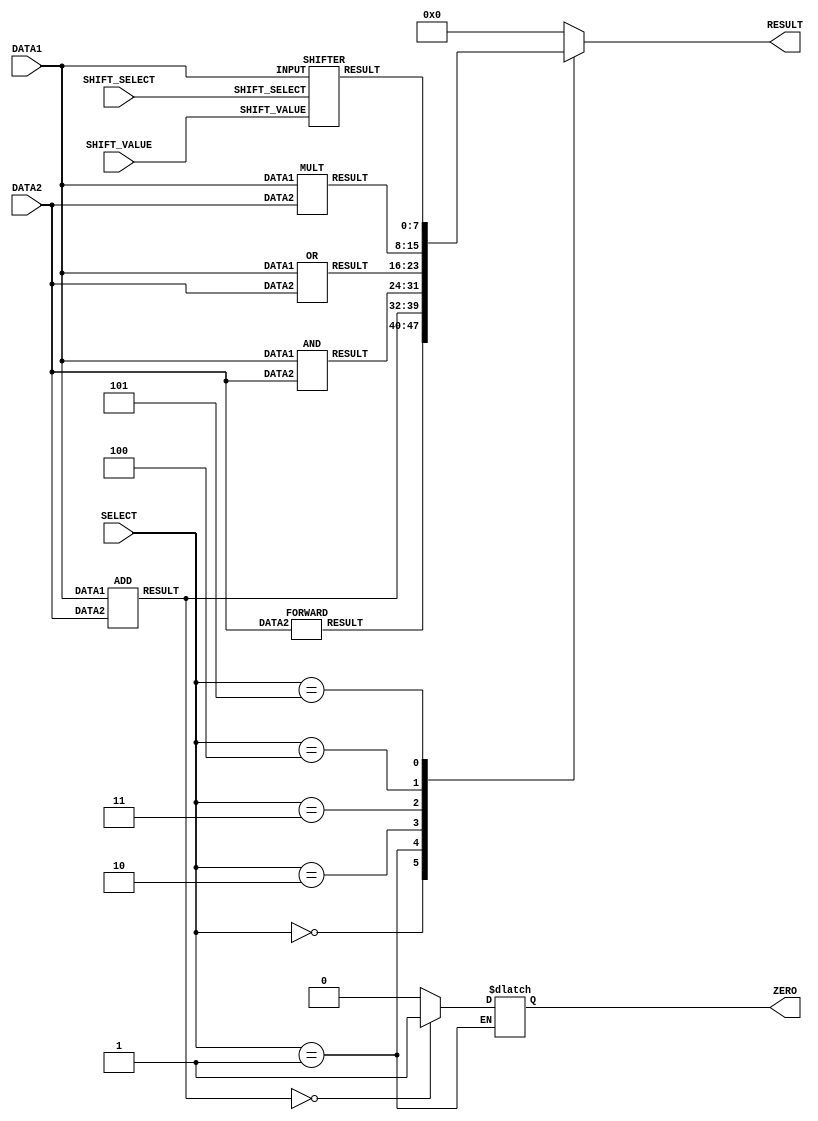
/*
   Lab06-Building Memory Heirarchy - Part 1
    Group-26 (E/18/245,E/18/017)
*/

/***********ALU******************/
`timescale 1ns/1ps
module alu(DATA1,DATA2,RESULT,ZERO,SELECT,SHIFT_SELECT,SHIFT_VALUE);
    input [7:0] DATA1;//OPERAND1
    input [7:0] DATA2;//OPERAND2
    input [7:0] SHIFT_VALUE;//shift amount
    input [2:0] SELECT;//ALUOP 
    output reg [7:0] RESULT;//ALURESULT 
    output reg ZERO;//ZERO output port to indicate whether the result of a subtract operation is zero or not in order to implement the beq instruction
    wire [7:0] FORWARD_WIRE, ADD_WIRE, AND_WIRE, OR_WIRE,MULT_WIRE,SHIFT_WIRE;
    input [1:0] SHIFT_SELECT;

    FORWARD forward1(DATA2,FORWARD_WIRE);
    ADD add1(DATA1,DATA2,ADD_WIRE);
    AND and1(DATA1,DATA2,AND_WIRE);
    OR or1(DATA1,DATA2,OR_WIRE);
    MULT mult1(DATA1,DATA2,MULT_WIRE);
    SHIFTER shifter1(SHIFT_WIRE,DATA1,SHIFT_SELECT,SHIFT_VALUE);

    always@(FORWARD_WIRE, ADD_WIRE, AND_WIRE, OR_WIRE,MULT_WIRE,SELECT,SHIFT_WIRE)
    begin
        case(SELECT)
            3'b000:
                RESULT=FORWARD_WIRE;//FORWARD func
            3'b001:
                begin
                    RESULT=ADD_WIRE;//ADD func
                    ZERO=(RESULT==8'b0)? 1'b1 : 1'b0;//(ZERO=~(RESULT))
                end
            3'b010:
                RESULT=AND_WIRE;//AND func
            3'b011:
                RESULT=OR_WIRE;//OR func
            3'b100:
                RESULT=MULT_WIRE;//MULT func
            3'b101:
                RESULT=SHIFT_WIRE;//SHIFT func
            default:
                RESULT=0;//Reserved
        endcase
    end
    
endmodule


module FORWARD(DATA2,RESULT);

    input [7:0] DATA2;
    output reg [7:0] RESULT;

    always@(DATA2)
    begin
    #1 RESULT=DATA2;
end

endmodule

module ADD(DATA1,DATA2,RESULT);

    input [7:0] DATA1,DATA2;
    output reg [7:0] RESULT;

    always@(DATA1,DATA2)
    begin
    #2 RESULT= DATA1 + DATA2;
end

endmodule

module AND(DATA1,DATA2,RESULT);

    input [7:0] DATA1,DATA2;
    output reg [7:0] RESULT;

    always@(DATA1,DATA2)
    begin
    #1 RESULT= DATA1 & DATA2;
end

endmodule

module OR(DATA1,DATA2,RESULT);

    input [7:0] DATA1,DATA2;
    output reg [7:0] RESULT;

    always@(DATA1,DATA2)
    begin
    #1 RESULT= DATA1 | DATA2;
end

endmodule

module MULT(DATA1,DATA2,RESULT);
    input [7:0] DATA1,DATA2;
    output [7:0] RESULT;
    
    wire [7:0] RES0,RES1,RES2,RES3,RES4,RES5,RES6,RES7;//Result parts to add them up together to get the result

    assign RES0=(DATA2[0]==1'b1)?{DATA1}:8'd0;
    assign RES1=(DATA2[1]==1'b1)?{DATA1,1'b0}:8'd0;
    assign RES2=(DATA2[2]==1'b1)?{DATA1,2'b00}:8'd0;
    assign RES3=(DATA2[3]==1'b1)?{DATA1,3'b000}:8'd0;
    assign RES4=(DATA2[4]==1'b1)?{DATA1,4'b0000}:8'd0;
    assign RES5=(DATA2[5]==1'b1)?{DATA1,5'b00000}:8'd0;
    assign RES6=(DATA2[6]==1'b1)?{DATA1,6'b000000}:8'd0;
    assign RES7=(DATA2[7]==1'b1)?{DATA1,7'b0000000}:8'd0;

    assign #1 RESULT=RES0+RES1+RES2+RES3+RES4+RES5+RES6+RES7;
endmodule

//shifting modules
//shfit=1-> left shift by one bit
//shfit=0 -> right shift by one bit
module ONE_BIT_SHIFTER(RESULT,INPUT,SHIFT_S,SELECT);

input [7:0] INPUT;
input [1:0] SHIFT_S;
input SELECT;
reg SHIFT,out_res;
output [7:0] RESULT;
wire [7:0] OUT;
wire and1_out,and2_out,and3_out,and4_out,and5_out,and6_out,and7_out,and8_out,and9_out,and10_out,and11_out,and12_out,and13_out,and14_out;

initial begin
    #1;
end
always @(*)begin
    case(SHIFT_S)
    2'b00://right shift
        begin
            SHIFT=1'b0;
            out_res=and13_out;
        end
    2'b01://left shift
        begin
            SHIFT=1'b1;
            out_res=and13_out;
        end
    2'b10://arithmetic right shift
        begin
            SHIFT=1'b0;
            out_res=INPUT[7];
        end
    2'b11://rotate right
        begin
            SHIFT=1'b0;
            out_res=INPUT[0];
        end
endcase
end

and and1(and1_out,INPUT[0],SHIFT);
and and2(and2_out,~SHIFT,INPUT[1]);
and and3(and3_out,INPUT[1],SHIFT);
and and4(and4_out,~SHIFT,INPUT[2]);
and and5(and5_out,INPUT[2],SHIFT);
and and6(and6_out,~SHIFT,INPUT[3]);
and and7(and7_out,INPUT[3],SHIFT);
and and8(and8_out,~SHIFT,INPUT[4]);
and and9(and9_out,INPUT[4],SHIFT);
and and10(and10_out,~SHIFT,INPUT[5]);
and and11(and11_out,INPUT[5],SHIFT);
and and12(and12_out,~SHIFT,INPUT[6]);
and and13(and13_out,INPUT[6],SHIFT);
and and14(and14_out,~SHIFT,INPUT[7]);
or s1(OUT[1],and1_out,and4_out);
or s2(OUT[2],and3_out,and6_out);
or s3(OUT[3],and5_out,and8_out);
or s4(OUT[4],and7_out,and10_out);
or s5(OUT[5],and9_out,and12_out);
or s6(OUT[6],and11_out,and14_out);

assign OUT[0]=and2_out;
assign OUT[7]=out_res;

//if select is 0 then the input is forwarded to output else if select is 1 then shifted data is forwarded to ouput
MUX_2 mux1(RESULT[0], INPUT[0], OUT[0], SELECT);
MUX_2 mux2(RESULT[1], INPUT[1], OUT[1], SELECT);
MUX_2 mux3(RESULT[2], INPUT[2], OUT[2], SELECT);
MUX_2 mux4(RESULT[3], INPUT[3], OUT[3], SELECT);
MUX_2 mux5(RESULT[4], INPUT[4], OUT[4], SELECT);
MUX_2 mux6(RESULT[5], INPUT[5], OUT[5], SELECT);
MUX_2 mux7(RESULT[6], INPUT[6], OUT[6], SELECT);
MUX_2 mux8(RESULT[7], INPUT[7], OUT[7], SELECT);


endmodule

//2x1 mux 
module MUX_2(RESULT,INPUT1,INPUT2,SELECT);

output RESULT;
input INPUT1, INPUT2, SELECT;
wire WIRE1,WIRE2,SELECT_BAR;

and (WIRE1,INPUT2,SELECT);
and (WIRE2, INPUT1,SELECT_BAR);
not (SELECT_BAR, SELECT);
or (RESULT, WIRE1,WIRE2);

endmodule


//a two bit shifter
module TWO_BIT_SHIFTER(OUT,INPUT,SHIFT_S,SELECT);

output [7:0] OUT;
input [7:0] INPUT;
wire [7:0] OUT_WIRE;
input SELECT;
input [1:0] SHIFT_S;


ONE_BIT_SHIFTER obs1(OUT_WIRE,INPUT,SHIFT_S,SELECT);
ONE_BIT_SHIFTER obs2(OUT,OUT_WIRE,SHIFT_S,SELECT);

endmodule

//a four bit shifter
module FOUR_BIT_SHIFTER(OUT,INPUT,SHIFT_S,SELECT);

output [7:0]OUT;
input [7:0] INPUT;
wire [7:0] OUT_WIRE;
input SELECT;
input [1:0] SHIFT_S;

TWO_BIT_SHIFTER tbs1(OUT_WIRE,INPUT,SHIFT_S,SELECT);
TWO_BIT_SHIFTER tbs2(OUT,OUT_WIRE,SHIFT_S,SELECT);

endmodule


module SHIFTER(RESULT,INPUT,SHIFT_SELECT,SHIFT_VALUE);

output [7:0] RESULT;
input [7:0] INPUT;
input [1:0] SHIFT_SELECT;
input [7:0] SHIFT_VALUE;
wire [7:0] OUT1,OUT2,OUT3,OUT;


ONE_BIT_SHIFTER obs3(OUT1,INPUT,SHIFT_SELECT,SHIFT_VALUE[0]);
TWO_BIT_SHIFTER tbs3(OUT2,OUT1,SHIFT_SELECT,SHIFT_VALUE[1]);
FOUR_BIT_SHIFTER fbs1(OUT,OUT2,SHIFT_SELECT,SHIFT_VALUE[2]);

assign #1 RESULT=OUT;

endmodule


// module testbench;//testbench for alu
//     //alu inputs
//     reg [7:0] data1,data2;
//     reg [2:0] select;
//     //alu output
//     wire [7:0] out;

//     alu al(data1,data2,out,select);

//     integer i;

//     initial begin
//         $dumpfile("alu.vcd");
//         $dumpvars(0,testbench);

//         select=3'b000; 
//         data1=8'b00011010; //26
//         data2=8'b00010111; //23
                    
//         #10 select=3'b001; 
//         data1=8'b00010100; //20
//         data2=8'b00001111; //15
                    
//         #10 select=3'b010;
//         data1=8'b00110010; //50
//         data2=8'b00100101; //37
                    
//         #10 select=3'b011;
//         data1=8'b01100100; //100
//         data2=8'b11111010; //250
    

//     end

//     initial begin
//         $monitor("time=%3d data1=%d data2=%d select=%3b out=%d",$time,data1,data2,select,out);
//     end
// endmodule